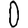
Digit: 0